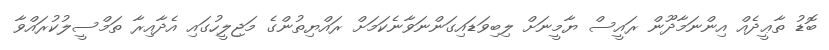
ބޮޑު ތާޢީދެއް އިންނަމާދޫން ރައީސް ޔާމީނަށް ލިބިވަޑައިގަންނަވާނެކަމަށް ރައްޔިތުންގެ މަޖިލީހުގައި އެދާއިރާ ތަމްސީލުކުރައްވާ